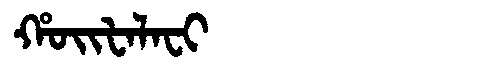
Manchu: ᡥᠣᡳᡶᠠᠯᠠᠸᡳ
Romanization: HOIFALAFI